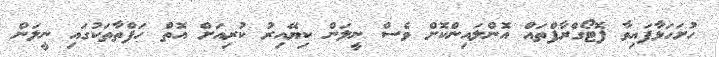
ހުށަހަޅާފައިވާ ފޮޓޯގްރާފްތައް އޮންލައިންކޮށް ވެސް ނީލަން ކިޔޭއިރު ކުރިއަށް އޮތް ހަފްތާތަކުގައި ނީލަން